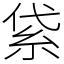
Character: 𥿝